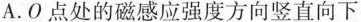
A.O点处的磁感应强度方向竖直向下